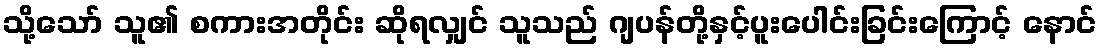
သို့သော် သူ၏ စကားအတိုင်း ဆိုရလျှင် သူသည် ဂျပန်တို့နှင့်ပူးပေါင်းခြင်းကြောင့် နောင်